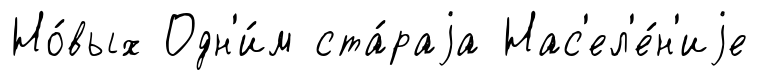
Но́вых Одн'и́м ста́раjа Нас'ел'е́н'иjе